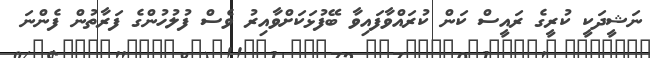
ނަޝީދަކީ ކުރީގެ ރައީސް ކަން ކުރައްވާފައިވާ ބޭފުޅަކަށްވާއިރު ވެސް ފުލުހުންގެ ފަރާތުން ފެންނަ